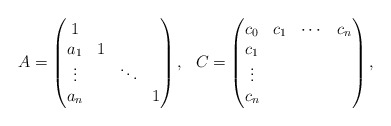
\begin{align*}\begin{array}{cc}A=\begin{pmatrix}1\\a_{1} & 1\\\vdots & & \ddots\\a_{n} & & & 1\end{pmatrix}, & C=\begin{pmatrix}c_{0} & c_{1} & \cdots & c_{n}\\c_{1}\\\vdots\\c_{n}\end{pmatrix},\end{array}\end{align*}